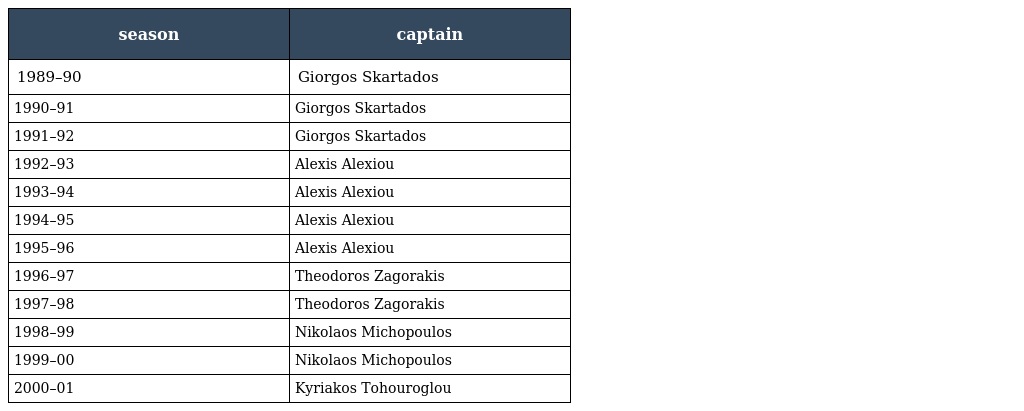
| season | captain |
 | --- | --- |
 | 1989–90 | Giorgos Skartados |
 | 1990–91 | Giorgos Skartados |
 | 1991–92 | Giorgos Skartados |
 | 1992–93 | Alexis Alexiou |
 | 1993–94 | Alexis Alexiou |
 | 1994–95 | Alexis Alexiou |
 | 1995–96 | Alexis Alexiou |
 | 1996–97 | Theodoros Zagorakis |
 | 1997–98 | Theodoros Zagorakis |
 | 1998–99 | Nikolaos Michopoulos |
 | 1999–00 | Nikolaos Michopoulos |
 | 2000–01 | Kyriakos Tohouroglou |